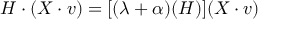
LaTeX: H \cdot ( X \cdot v ) = [ ( \lambda + \alpha ) ( H ) ] ( X \cdot v )